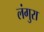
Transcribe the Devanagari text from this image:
लंगुरा